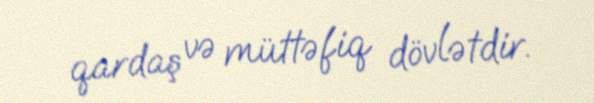
qardaş və müttəfiq dövlətdir.